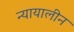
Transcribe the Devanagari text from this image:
न्यायालीन